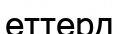
еттерд